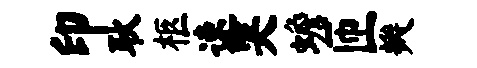
印耿柩速哭蟾匝瓣